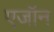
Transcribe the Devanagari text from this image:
एजॉन